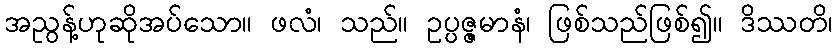
အညွန့်ဟုဆိုအပ်သော။ ဖလံ၊ သည်။ ဥပ္ပဇ္ဇမာနံ၊ ဖြစ်သည်ဖြစ်၍။ ဒိဿတိ၊